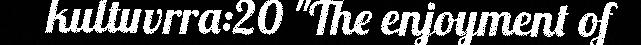
kultuvrra:20 "The enjoyment of